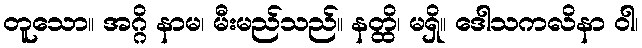
တူသော။ အဂ္ဂိ နာမ၊ မီးမည်သည်။ နတ္ထိ၊ မရှိ။ ဒေါသကလိနာ ဝါ၊